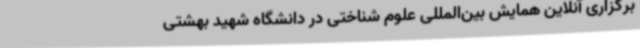
برگزاری آنلاین همایش بین‌المللی علوم شناختی در دانشگاه شهید بهشتی